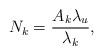
LaTeX: \begin{align*}N_{k} = \frac{A_{k}\lambda_{u}}{\lambda_{k}},\end{align*}